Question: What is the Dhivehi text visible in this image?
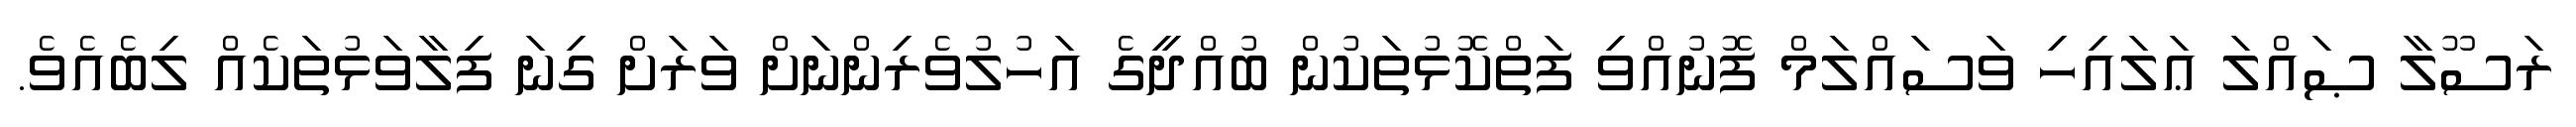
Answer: ރަސޫލާ ޞައްލަ ޢަލައިހި ވަސައްލަމް ފޮނުއްވި ފަތްކޮޅުތަކުން ބުއްދީގެ އަހުލުވެރިންނަށް ވަރަށް ގިނަ ފިލާވަޅުތަކެއް ލިބެއެވެ.